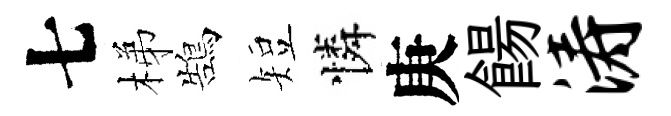
七梯鵠短憐庚餳涛